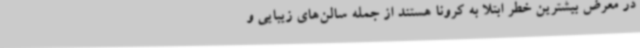
در معرض بیشترین خطر ابتلا به کرونا هستند از جمله سالن‌های زیبایی و